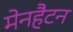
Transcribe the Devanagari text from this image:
मेनहैटन